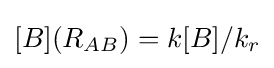
[B](R_{AB})=k[B]/k_{r}